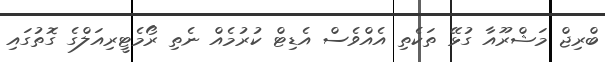
ބްރިޖް މަޝްރޫއާ ގުޅޭ ތަކެތި އެއްވެސް އެޑިޓް ކުރުމެއް ނެތި ރޯމެޓީރިއަލްގެ ގޮތުގައި